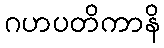
ဂဟပတိကာနိ